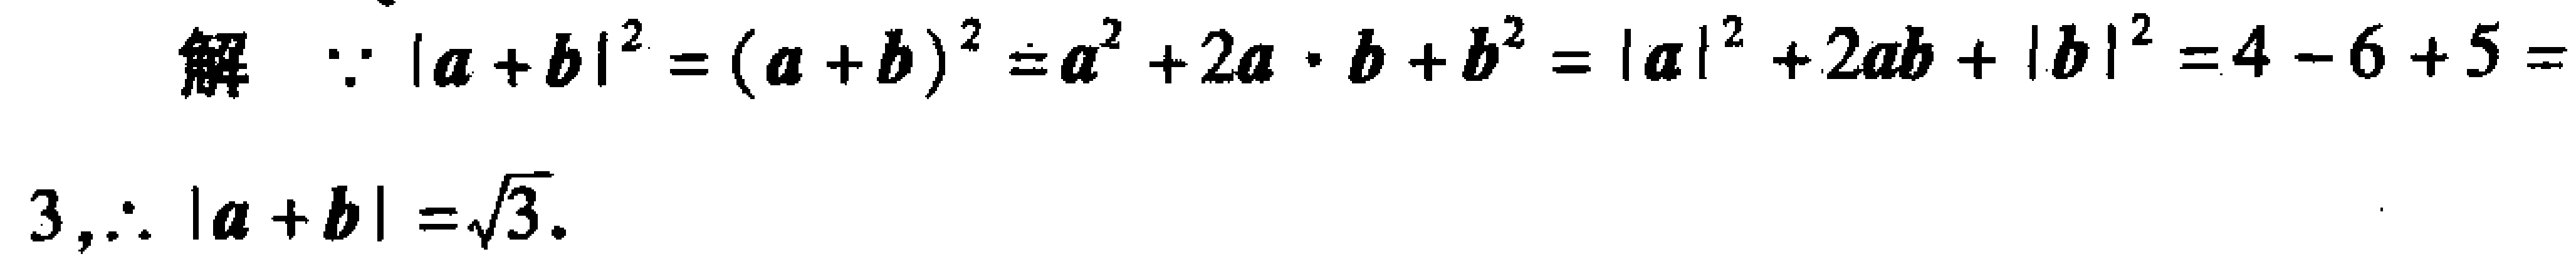
解：\(\because |\boldsymbol{a} + \boldsymbol{b}|^{2} = (\boldsymbol{a} + \boldsymbol{b})^{2} = \boldsymbol{a}^{2} + 2\boldsymbol{a} \cdot \boldsymbol{b} + \boldsymbol{b}^{2} = |\boldsymbol{a}|^{2} + 2\boldsymbol{a}\boldsymbol{b} + |\boldsymbol{b}|^{2} = 4 - 6 + 5 = 3,\therefore |\boldsymbol{a} + \boldsymbol{b}| = \sqrt{3}\)。